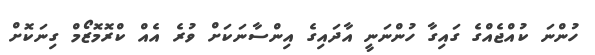
ހުންނަ ކުއްޖެއްގެ ގައިގާ ހުންނަނީ އާދައިގެ އިންސާނަކަށް ވުރެ އެއް ކްރޮމޮޒޯމް ގިނަކޮށް